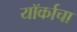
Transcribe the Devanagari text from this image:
यॉर्काचा